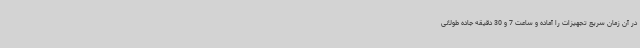
در آن زمان سریع تجهیزات را آماده و ساعت 7 و 30 دقیقه جاده طولانی